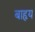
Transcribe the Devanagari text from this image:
बाहृय